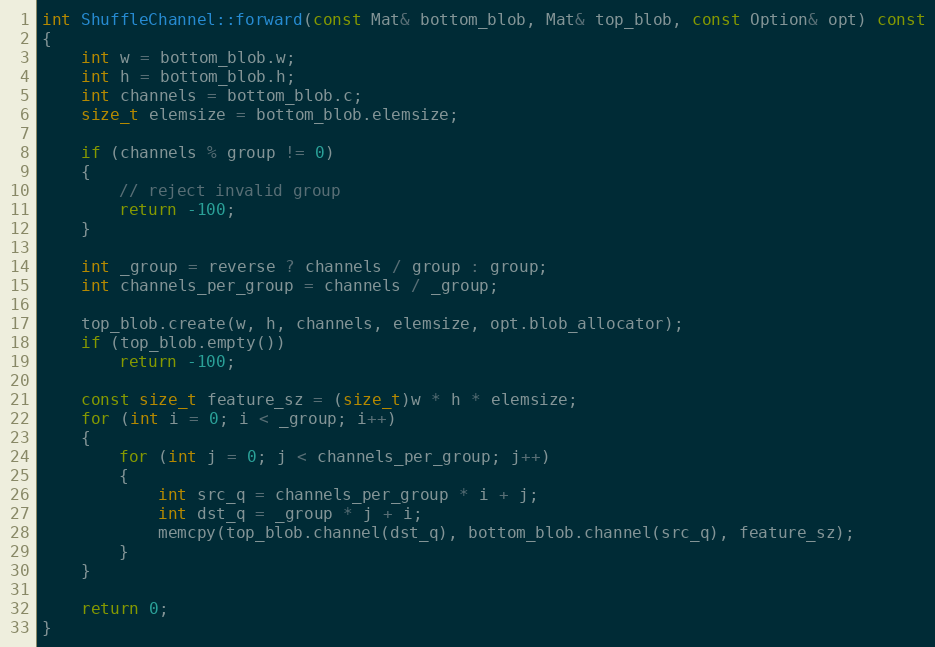
Language: C++
int ShuffleChannel::forward(const Mat& bottom_blob, Mat& top_blob, const Option& opt) const
{
    int w = bottom_blob.w;
    int h = bottom_blob.h;
    int channels = bottom_blob.c;
    size_t elemsize = bottom_blob.elemsize;

    if (channels % group != 0)
    {
        // reject invalid group
        return -100;
    }

    int _group = reverse ? channels / group : group;
    int channels_per_group = channels / _group;

    top_blob.create(w, h, channels, elemsize, opt.blob_allocator);
    if (top_blob.empty())
        return -100;

    const size_t feature_sz = (size_t)w * h * elemsize;
    for (int i = 0; i < _group; i++)
    {
        for (int j = 0; j < channels_per_group; j++)
        {
            int src_q = channels_per_group * i + j;
            int dst_q = _group * j + i;
            memcpy(top_blob.channel(dst_q), bottom_blob.channel(src_q), feature_sz);
        }
    }

    return 0;
}